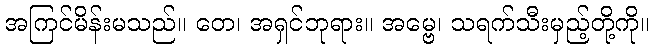
အကြင်မိန်းမသည်။ တေ၊ အရှင်ဘုရား။ အမ္ဗေ၊ သရက်သီးမှည့်တို့ကို။